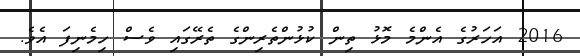
2016 އަހަރުގެ އެންމެ މޮޅު ތިން ކުޅުންތެރިންގެ ތެރޭގައި ވެސް ހިމެނިފަ އެވެ.